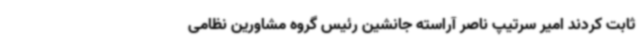
ثابت کردند امیر سرتیپ ناصر آراسته جانشین رئیس گروه مشاورین نظامی